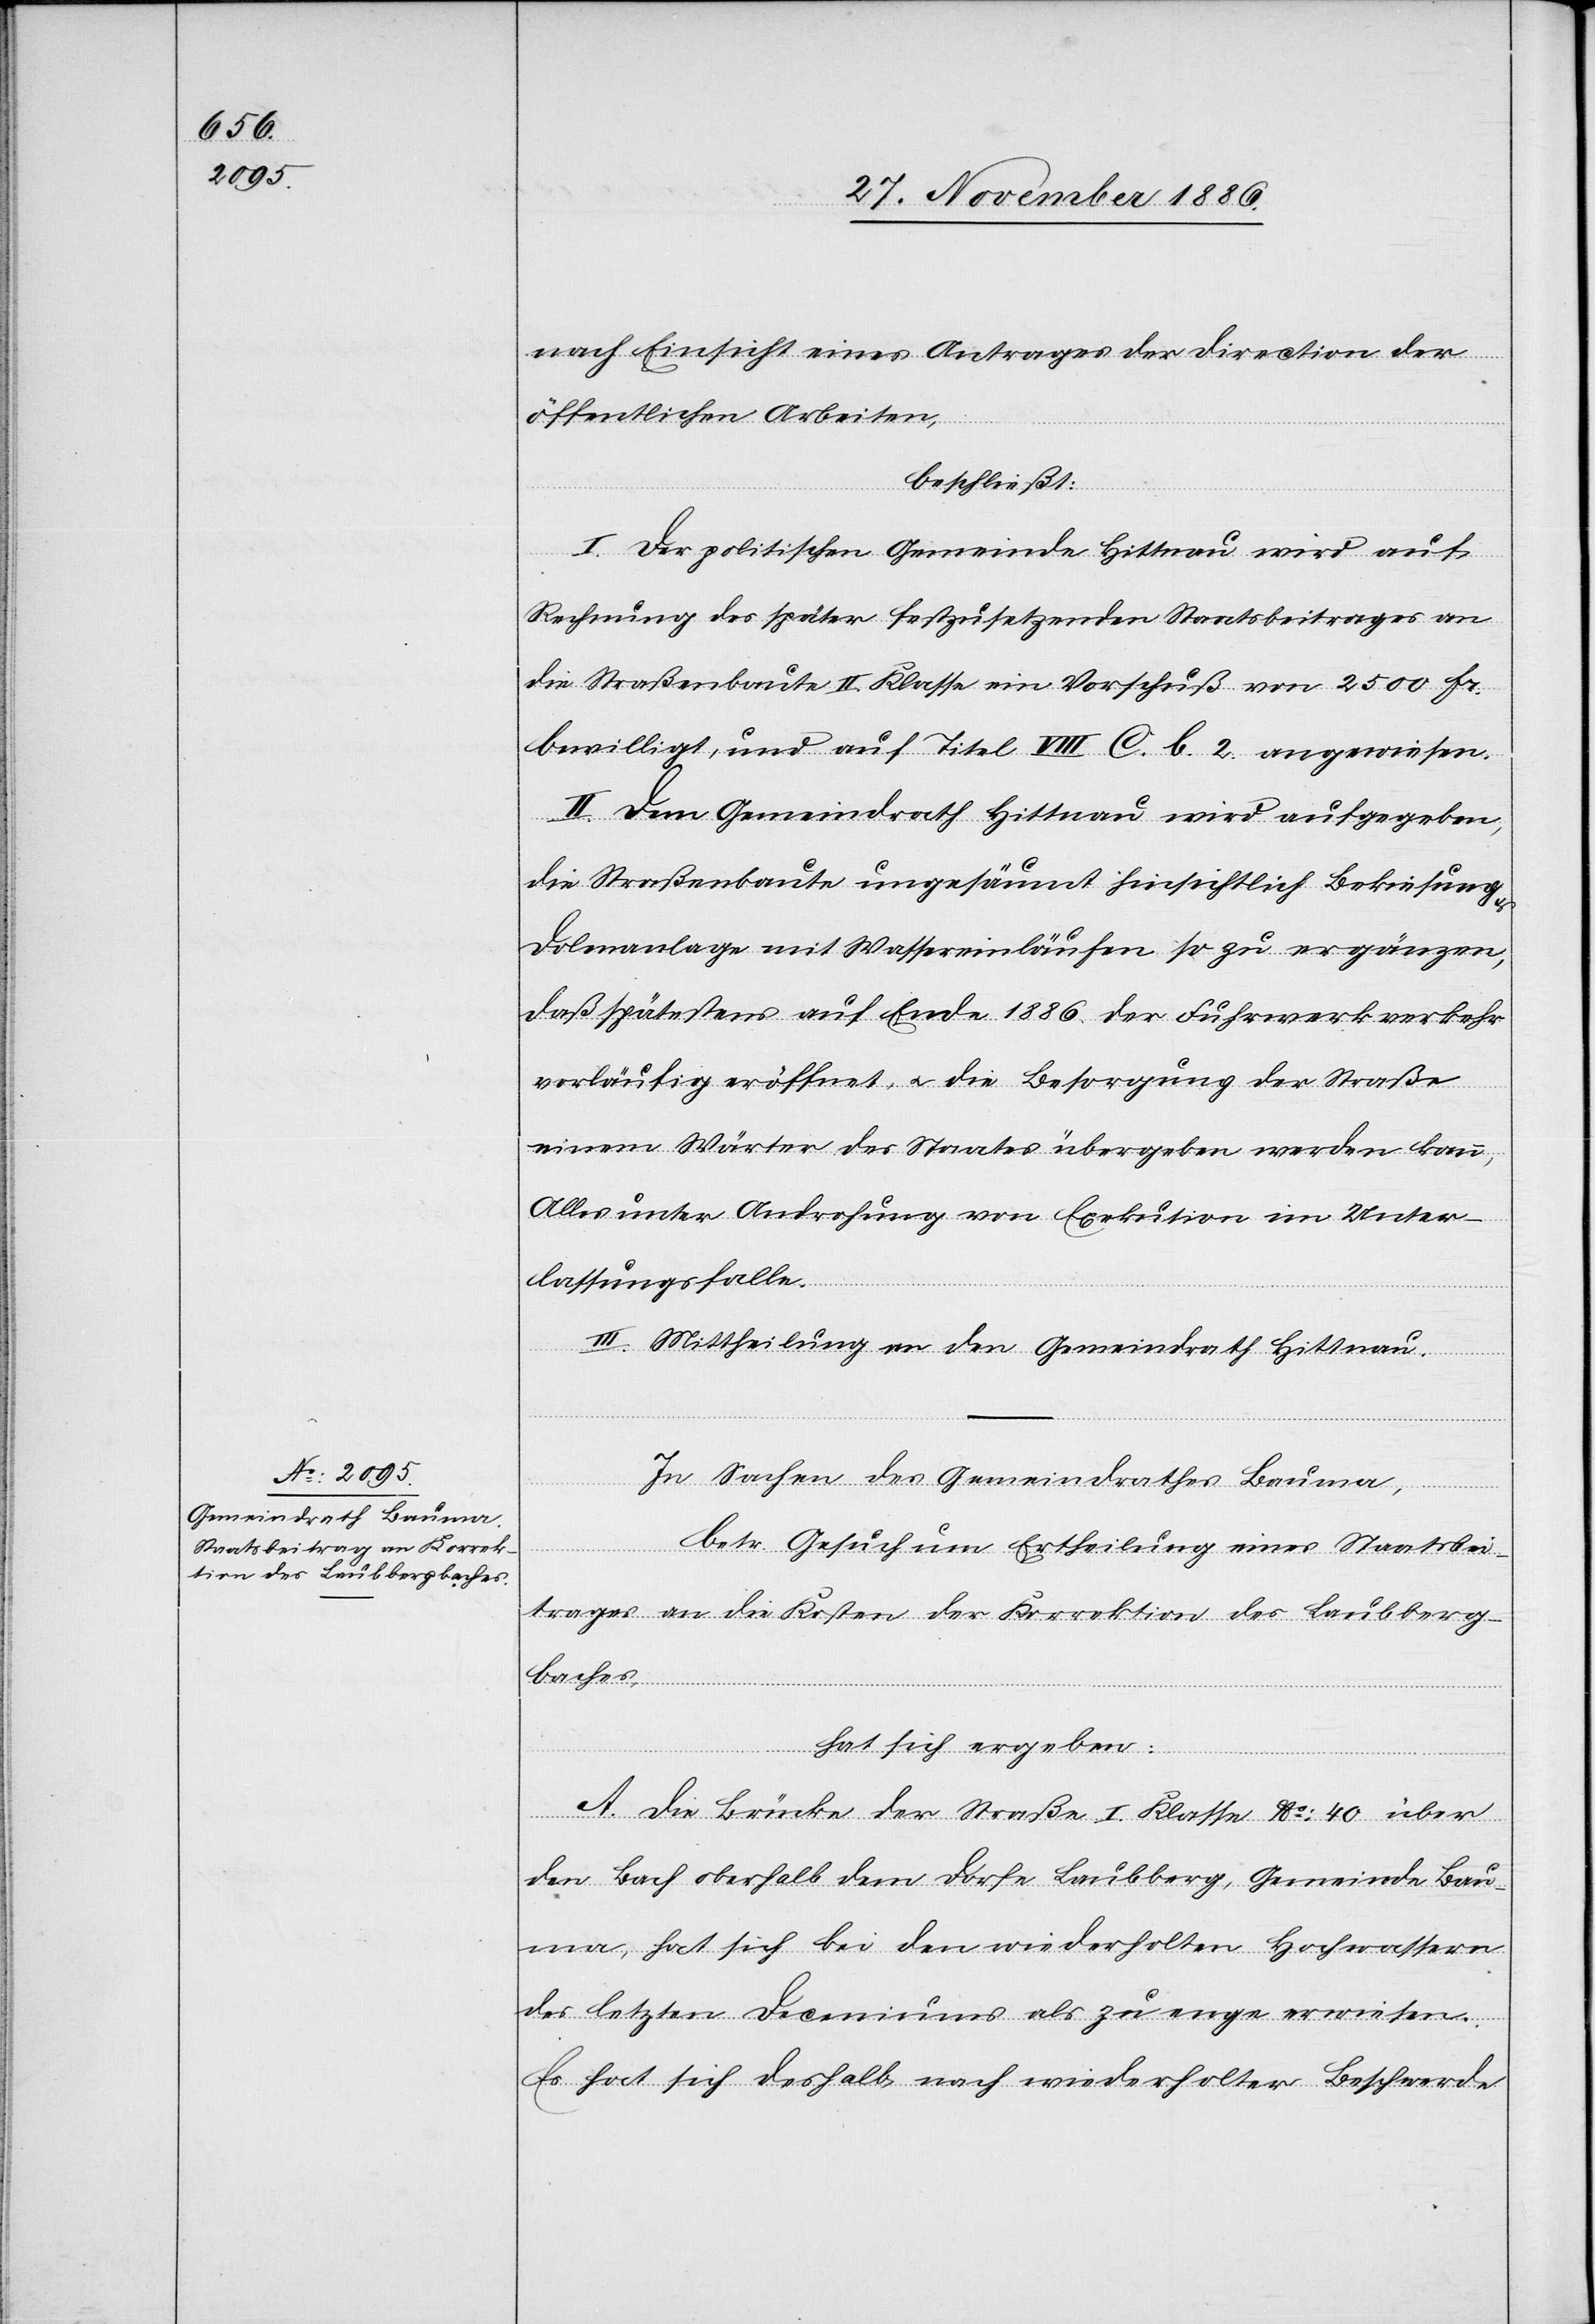
nach Einsicht eines Antrages der Direction der
öffentlichen Arbeiten,
beschließt:
I. Der politischen Gemeinde Hittnau wird auf
Rechnung des später festzusetzenden Staatsbeitrages an
die Straßenbaute II. Klasse ein Vorschuß von 2500 Fr.
bewilligt, und auf Titel VIII C. b. 2. angewiesen.
II. Dem Gemeindrath Hittnau wird aufgegeben,
die Straßenbaute ungesäumt hinsichtlich Bekiesung
Dolenanlage mit Wassereinläufen so zu ergänzen,
daß spätestens auf Ende 1886 der Fuhrwerkverkehr
vorläufig eröffnet, & die Besorgung der Straße
einem Wärter des Staates übergeben werden kann,
alles unter Androhung von Exekution im Unter¬
lassungsfalle.
III. Mittheilung an den Gemeindrath Hittnau.
In Sachen des Gemeindrathes Bauma,
betr. Gesuch um Ertheilung eines Staatsbei¬
trages an die Kosten der Korrektion des Laubberg¬
baches,
hat sich ergeben:
A. Die Brücke der Straße I. Klasse No 40 über
den Bach oberhalb dem Dorfe Laubberg, Gemeinde Bau¬
ma, hat sich bei den wiederholten Hochwassern
des letzten Deceniums als zu enge erwiesen.
Es hat sich deshalb nach wiederholter Beschwerde